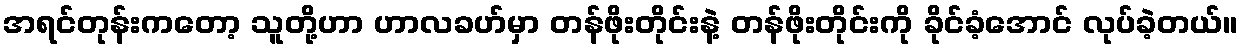
အရင်တုန်းကတော့ သူတို့ဟာ ဟာလခဟ်မှာ တန်ဖိုးတိုင်းနဲ့ တန်ဖိုးတိုင်းကို ခိုင်ခံ့အောင် လုပ်ခဲ့တယ်။